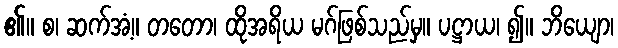
၏။ စ၊ ဆက်အံ့။ တတော၊ ထိုအရိယ မဂ်ဖြစ်သည်မှ။ ပဋ္ဌာယ၊ ၍။ ဘိယျော၊